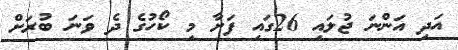
އަދި އަންނަ ޖުލައި 26ގައި ފަށާ މި ކޯހުގެ ދެ ވަނަ ބުރަށް